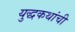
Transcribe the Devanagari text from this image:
युद्धकथांची